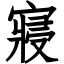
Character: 寢